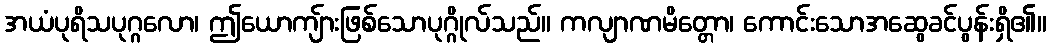
အယံပုရိသပုဂ္ဂလော၊ ဤယောကျ်ားဖြစ်သောပုဂ္ဂိုလ်သည်။ ကလျာဏမိတ္တော၊ ကောင်းသောအဆွေခင်ပွန်းရှိ၏။